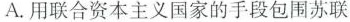
A.用联合资本主义国家的手段包围苏联